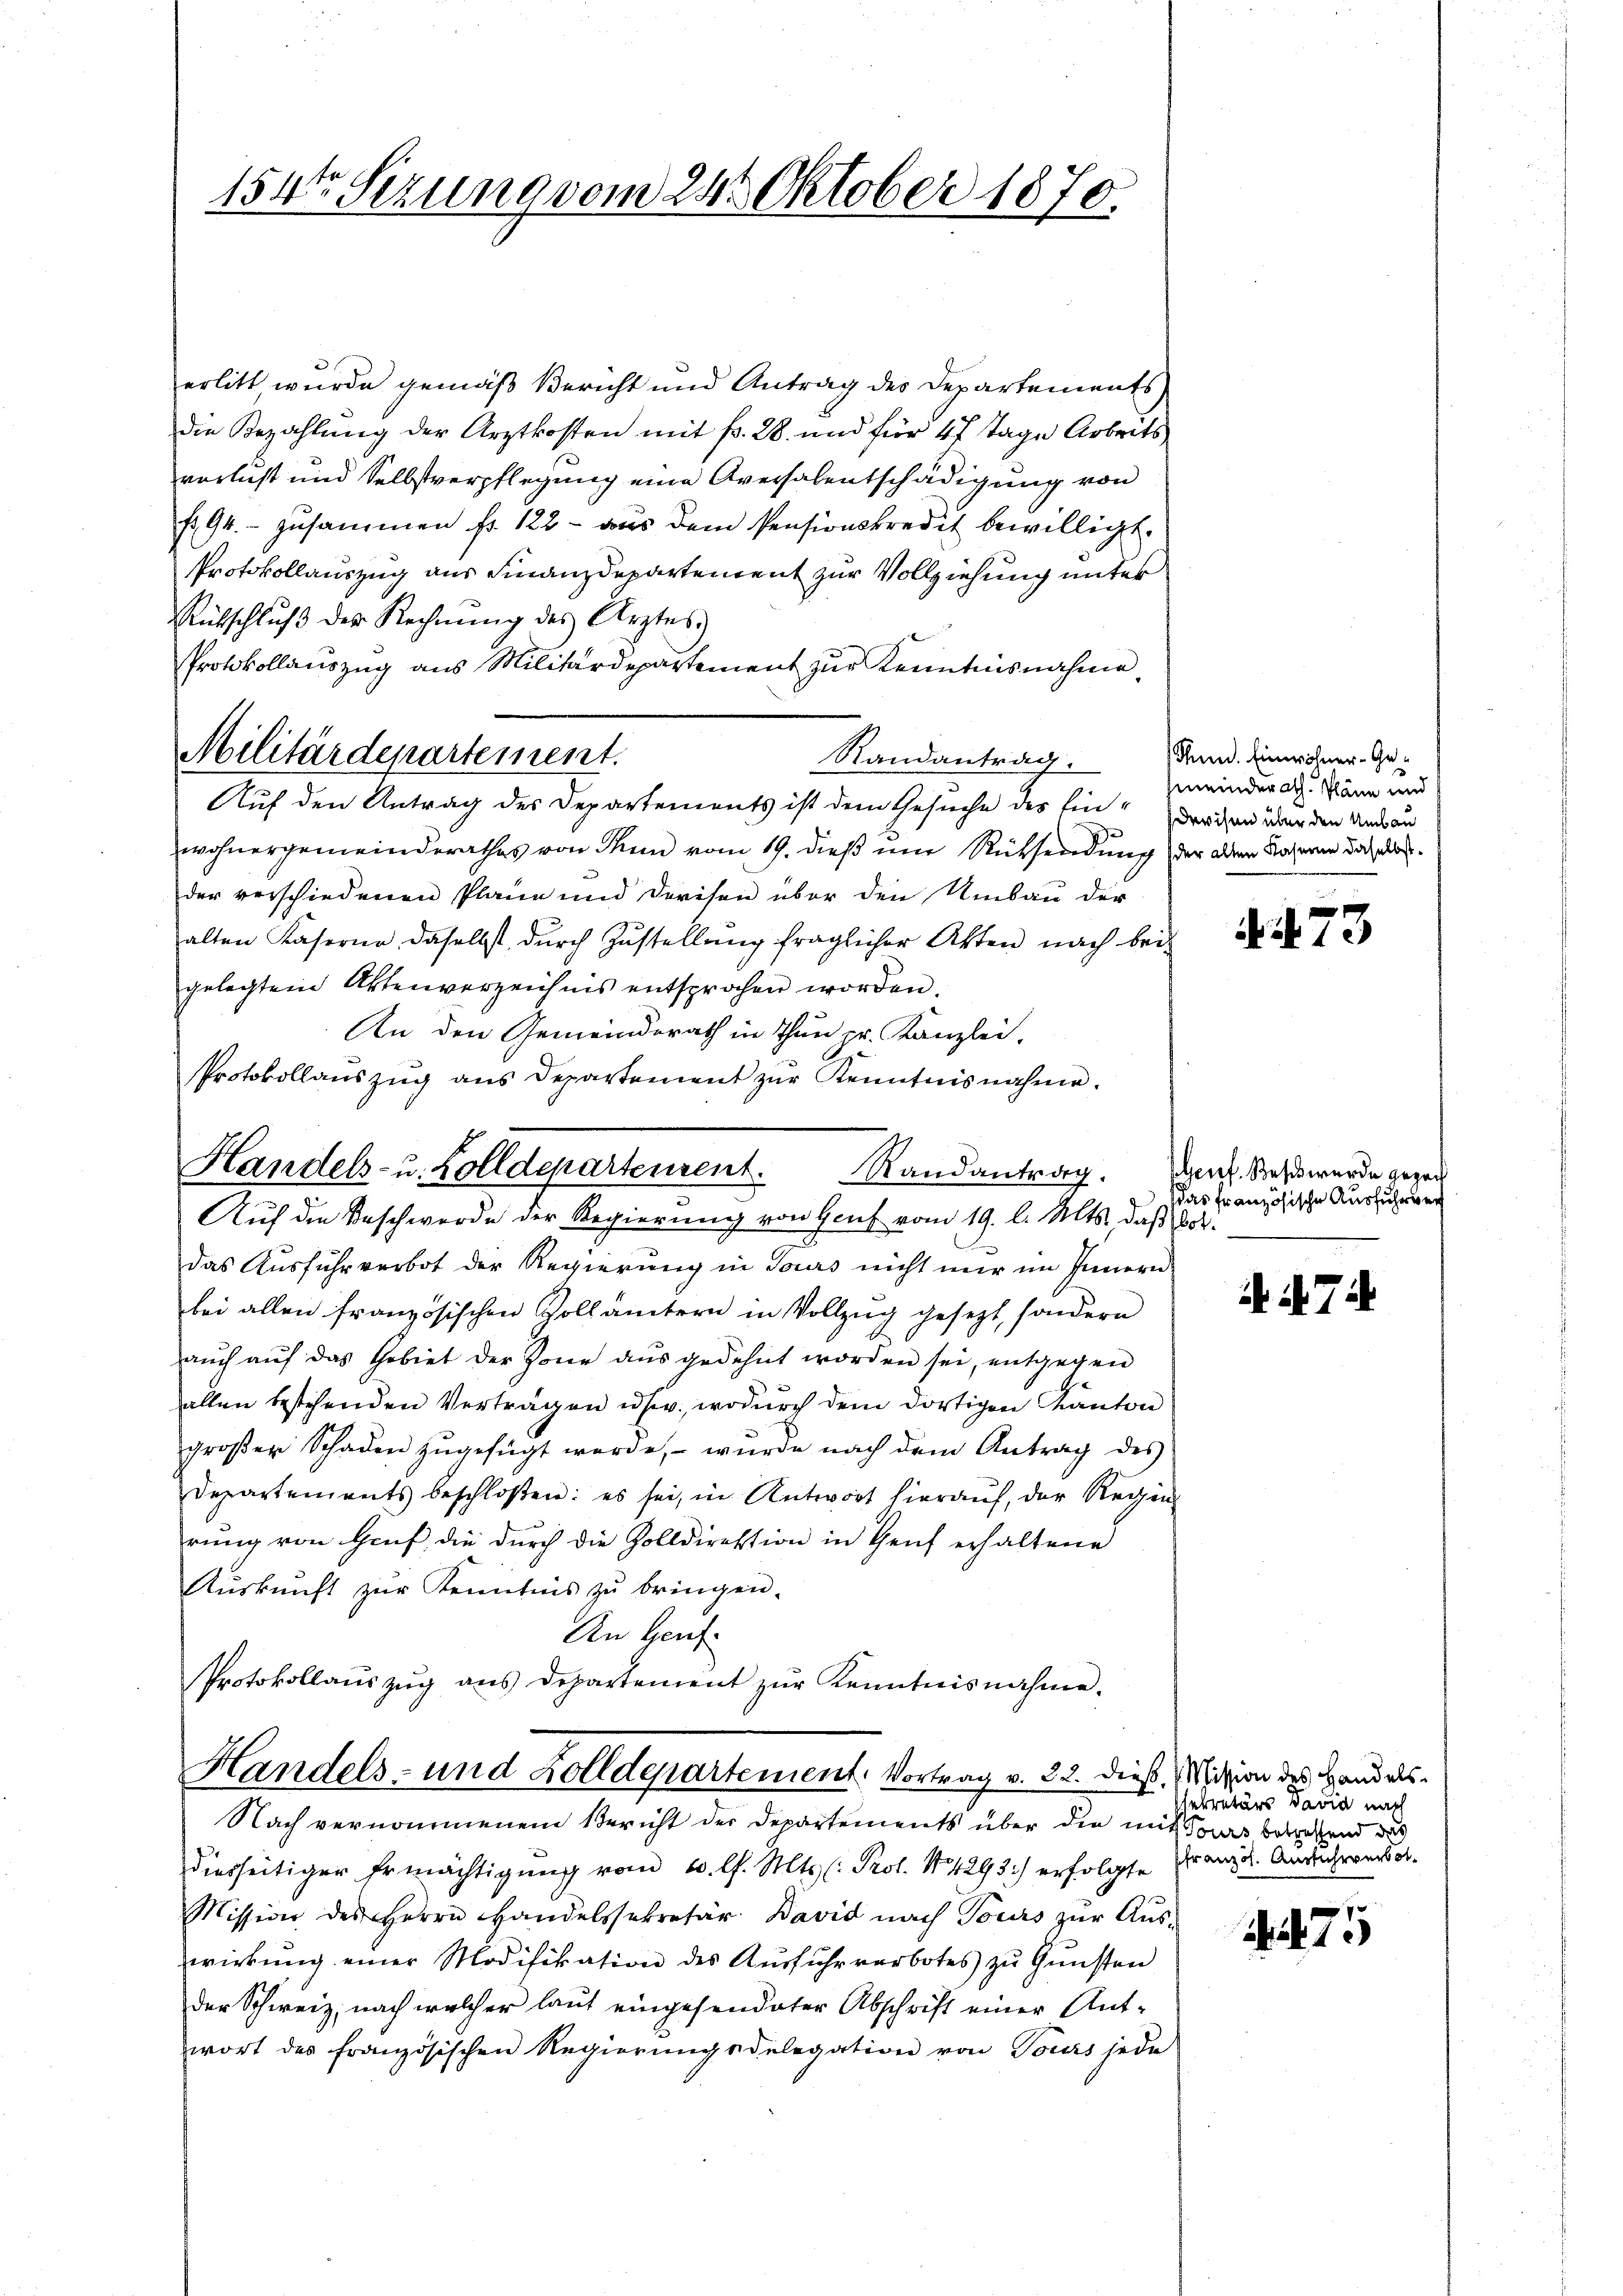
154ten Sizung vom 24. Oktober 1870.

erlitt wurde gemäß Bericht und Antrag des Departementsdie Bezahlung der Arztkosten mit fr. 28. und für 47 Tage Arbeits
verlust und Selbstverpflegung eine Aversalentschädigung von
E 94. zusammen fr. 122 - aus dem Pensionskredit bewilligt.
Protokollauszug aus Finanzdepartement zur Vollziehung unter
Rütschlŭβ der Rechnŭng des Arztes
Protokollauszug aus Militärdepartement zur Kenntnisnahme
Randantrag.
wohnergemeinderathes von Thun vom 19. dieß um Rüksendung der allen Kasern das erder verschiedenen Plane und Devisen über den Umbau der
alten Kaserne daselbst durch Zustellung fraglicher Akten nach beigelegten Aktenverzeichnis entsprochen worden.
An den Gemeinderath in Thun pr. Kanzlei,
Protokollauszug aus Departement zur Kenntnisnahme.
Handels- u. Zolldepartenrent. Randantrag.
Auf die Beschwerde der Regierŭng von Genf vom 19. l. Mts., daß bot.
das Ausfuhrverbot der Regierung in Tours nicht nur im Innern
bei allen französischen Zollämtern in Vollzug gesetzt, sondern
aŭch aŭf das Gebiet der Zone aŭs gedehnt worden sei, entgegen
alten bestehenden Vertragen usw., wodurch dem dortigen Kanton
groβer Schaden zŭgefügt werde, – wurde nach dem Antrag des
Departements beschloßen: es sei, in Antwort hieraŭf, der Regen
rung von Greif, die durch die Zolldirektion in Heuf erhaltene
Aŭskŭnft zŭr Kenntnis zŭ bringen.
An Genf
Protokollaŭszŭg ans Departement zŭr Kenntnisnahme.

Militärdepartement.
Auf den Antrag des Departements ist dem Gesuche des Eindräten über den Unrau

Handels- und Zolldepartement. Vortrag v. 22. dieß, Mission des Handels-
Nach vernommenem Bericht der Departements über die mit das betreffend das

diesseitiger Ermächtigung vom 10. l. Mts. (: Prot. No 1293) erfolgte Franz u. Andachrungs¬
Mission des Herrn Handelssekretär David nach Tours zŭr Aŭs-
wirkŭng einer Modifikation des Aŭsfŭhrverbotes zŭ Gŭnsten
der Schweiz, nach welcher laut eingesendeter Abschrift einer Ant-
wort des französischen Regierungsdelegation von Tours jede

Sund. Einwohner-Gehineinderath. Pläne und

273

Genf. Beses wurde gegen
Das französische Ausführung

47 i

sekretärs David nach

f
1.)